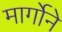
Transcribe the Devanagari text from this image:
मार्गोने